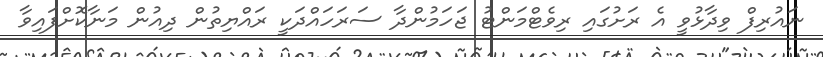
ނައުރިފް ވިދާޅުވީ އެ ރަށުގައި ރިވެޓްމަންޓު ޖަހަމުންދާ ސަރަހައްދަކީ ރައްޔިތުން ދިއުން މަނާކޮށްފައިވާ